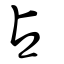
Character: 占